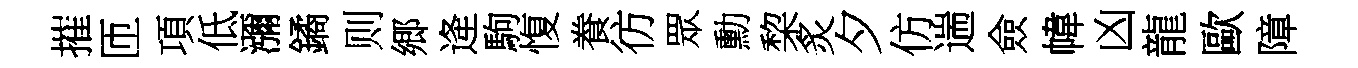
摧匝項低瀰鐍则郷逄駒愎飬彷眾勳棃炙夕仿遄僉幃凶龍歐障